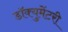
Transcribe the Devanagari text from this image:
डॉक्‍युमेंटरी